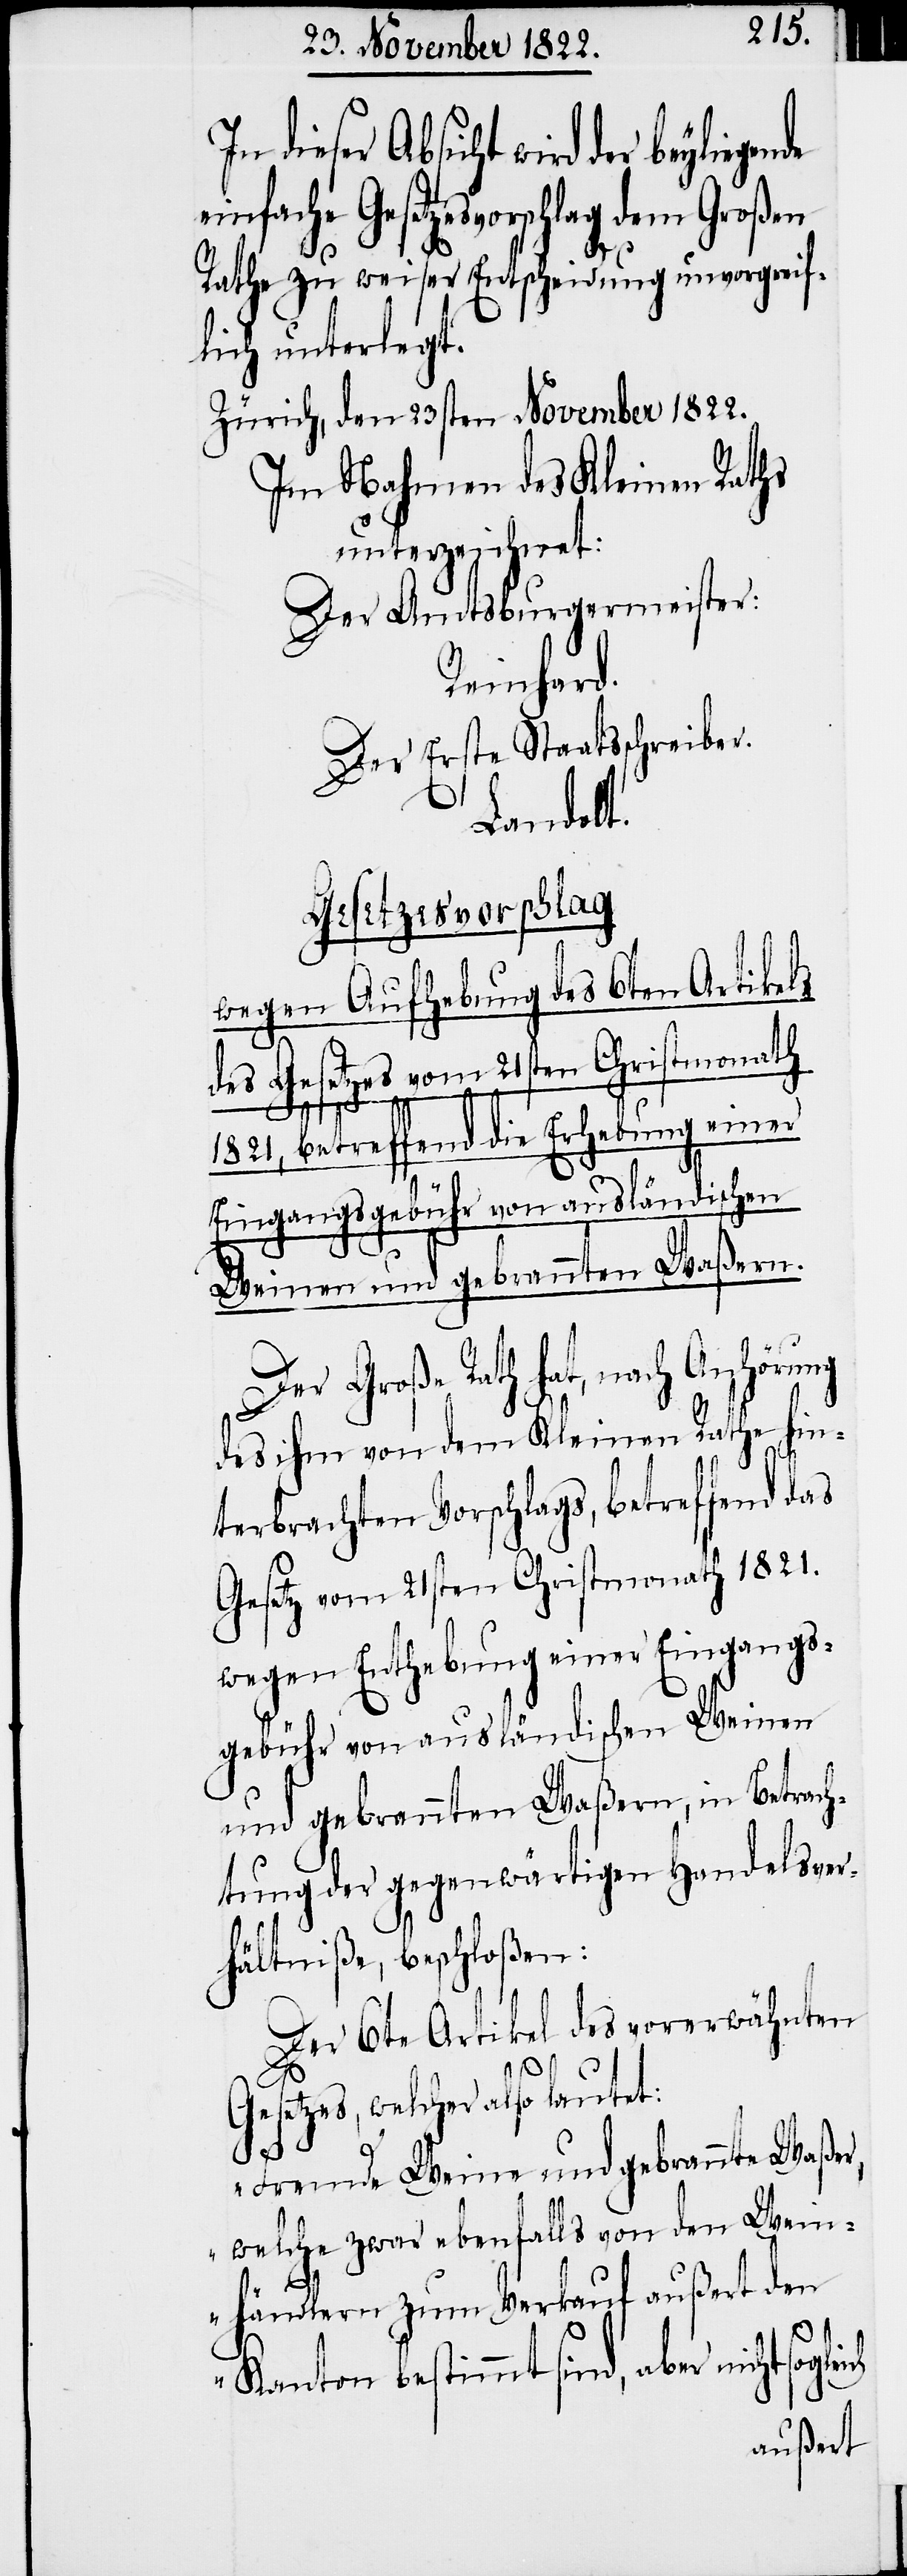
In dieser Absicht wird der beyliege¬
einfache Gesetzesvorschlag dem Großen
Rathe zu weiser Entscheidung unvorgreif¬
lich unterlegt.
Zürich, den 23sten November 1822.
Im Nahmen des Kleinen Raths
unterzeichnet:
Der Amtsburgermeister:
Reinhard.
Der Erste Staatsscheiber.
Landolt.
Gesetzesvorschlag
wegen Aufhebung des 6ten Artikels
des Gesetzes vom 21sten Christmonath
1821, betreffend die Erhebung einer
Eingangsgebühr von ausländischen
Weinen und gebrannten Waßern.
Der Große Rath hat, nach Anhörung
des ihm von dem Kleinen Rathe hin¬
terbrachten Vorschlags, betreffend das
Gesetz vom 21sten Christmonath 1821.
wegen Enthebung einer Eingangs¬
gebühr von ausländischen Weinen
und gebrannten Waßern, in Betrach¬
tung der gegenwärtigen Handelsver¬
hältniße, beschloßen:
Der 6te Artikel des vorerwähnten
Gesetzes, welcher also lautet:
„Fremde Weine und gebrannte Waßer,
welche zwar ebenfalls von den Wein¬
leich
händlern zum Verkauf außert den
Kanton bestimmt sind, aber nicht sog¬